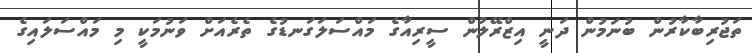
ތަޖުރިބާކާރުން ބުނަމުން ދަނީ އިޒްރޭލުން ސީރިއާގެ މައްސަލަގަނޑުގެ ތެރެއަށް ވަނުމަކީ މި މައްސަލައިގެ